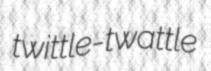
twittle-twattle